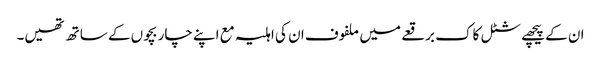
ان کے پیچھے شٹل کاک برقعے میں ملفوف ان کی اہلیہ مع اپنے چار بچوں کے ساتھ تھیں۔